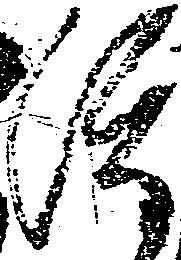
渡